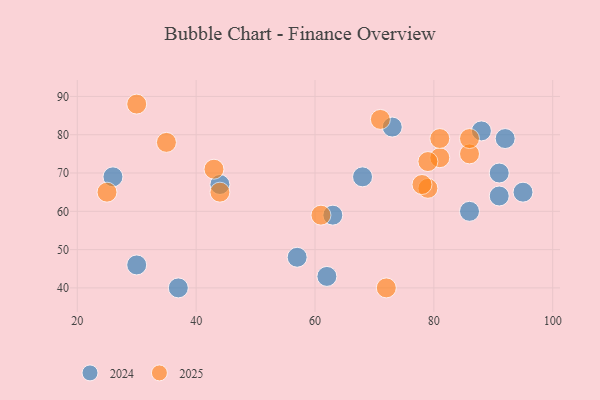
{"axis": {"x": "GDP", "y": "Life Expectancy"}, "legend": ["2024", "2025"], "data": [{"x": "44", "y": 67, "type": "2024"}, {"x": "62", "y": 43, "type": "2024"}, {"x": "37", "y": 40, "type": "2024"}, {"x": "73", "y": 82, "type": "2024"}, {"x": "95", "y": 65, "type": "2024"}, {"x": "30", "y": 46, "type": "2024"}, {"x": "91", "y": 64, "type": "2024"}, {"x": "92", "y": 79, "type": "2024"}, {"x": "57", "y": 48, "type": "2024"}, {"x": "88", "y": 81, "type": "2024"}, {"x": "26", "y": 69, "type": "2024"}, {"x": "91", "y": 70, "type": "2024"}, {"x": "68", "y": 69, "type": "2024"}, {"x": "63", "y": 59, "type": "2024"}, {"x": "86", "y": 60, "type": "2024"}, {"x": "86", "y": 75, "type": "2025"}, {"x": "81", "y": 74, "type": "2025"}, {"x": "61", "y": 59, "type": "2025"}, {"x": "72", "y": 40, "type": "2025"}, {"x": "44", "y": 65, "type": "2025"}, {"x": "43", "y": 71, "type": "2025"}, {"x": "81", "y": 79, "type": "2025"}, {"x": "25", "y": 65, "type": "2025"}, {"x": "79", "y": 66, "type": "2025"}, {"x": "79", "y": 73, "type": "2025"}, {"x": "78", "y": 67, "type": "2025"}, {"x": "30", "y": 88, "type": "2025"}, {"x": "71", "y": 84, "type": "2025"}, {"x": "35", "y": 78, "type": "2025"}, {"x": "86", "y": 79, "type": "2025"}]}